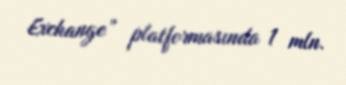
Exchange” platformasında 1 mln.